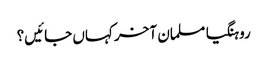
روہنگیا مسلمان آخر کہاں جائیں؟